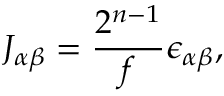
J _ { \alpha \beta } = \frac { 2 ^ { n - 1 } } { f } \epsilon _ { \alpha \beta } ,